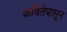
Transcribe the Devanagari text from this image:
कवितेपासून